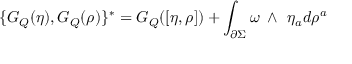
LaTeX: \{ G _ { Q } ( \eta ) , G _ { Q } ( \rho ) \} ^ { * } = G _ { Q } ( [ \eta , \rho ] ) + \int _ { \partial \Sigma } \omega \mathrm { \tiny ~ \wedge \, ~ } \eta _ { a } d \rho ^ { a }